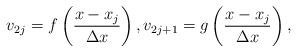
LaTeX: \begin{align*}v_{2j} = f\left(\frac{x-x_{j}}{\Delta x}\right), v_{2j+1} = g\left(\frac{x-x_{j}}{\Delta x}\right),\end{align*}